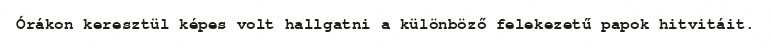
Órákon keresztül képes volt hallgatni a különböző felekezetű papok hitvitáit.